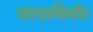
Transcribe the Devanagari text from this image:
वरदायिनी।